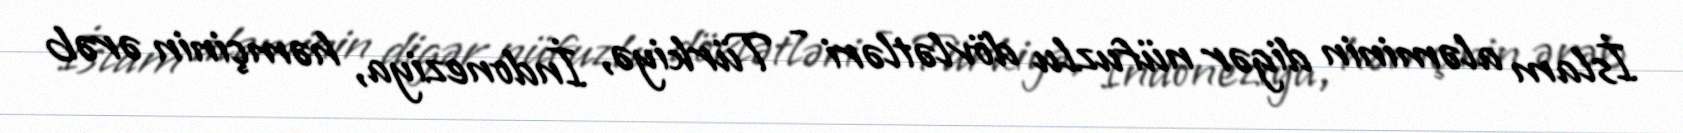
İslam aləminin digər nüfuzlu dövlətləri - Türkiyə, İndoneziya, həmçinin ərəb